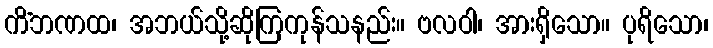
ကိံဘဏထ၊ အဘယ်သို့ဆိုကြကုန်သနည်း။ ဗလဝါ၊ အားရှိသော။ ပုရိသော၊